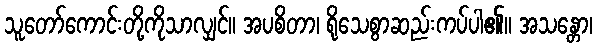
သူတော်ကောင်းတို့ကိုသာလျှင်။ အပစိတာ၊ ရိုသေစွာဆည်းကပ်ပါ၏။ အသန္တော၊